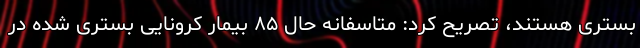
بستری هستند، تصریح کرد: متاسفانه حال ۸۵ بیمار کرونایی بستری شده در